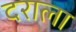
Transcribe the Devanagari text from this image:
दराला